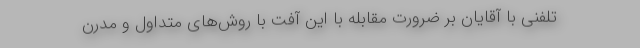
تلفنی با آقایان بر ضرورت مقابله با این آفت با روش‌های متداول و مدرن